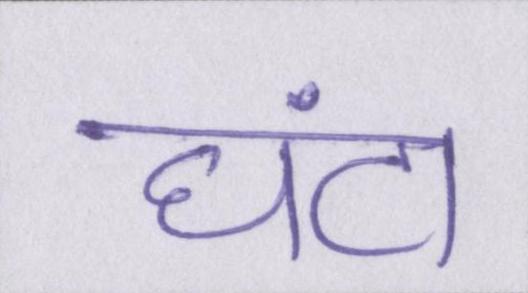
घंटा